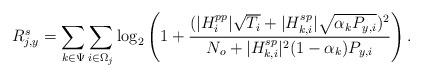
LaTeX: \begin{align*}R_{j,y}^{s}=\sum_{k \in \Psi} \sum_{i \in \Omega_j} \log_2 \left(1+\frac{(|H_i^{pp}| \sqrt{T_i}+|H_{k,i}^{sp}| \sqrt{\alpha_k P_{y,i}})^2}{N_o+|H_{k,i}^{sp}|^2 (1-\alpha_k) P_{y,i}}\right).\end{align*}